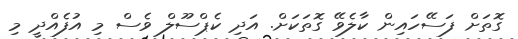
ގޮތަށް ފަސޭހައިން ކާލެވޭ ގޮތަކަށް. އަދި ކެޕްސޫލް ވެސް މި އުފެއްދީ މި